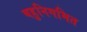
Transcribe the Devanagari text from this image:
बहुनिगमित